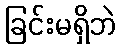
ခြင်းမရှိဘဲ